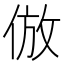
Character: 倣